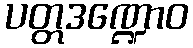
ပတ္တဒဏ္ဍောဝ